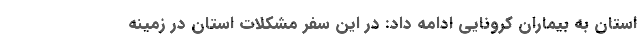
استان به بیماران کرونایی ادامه داد: در این سفر مشکلات استان در زمینه